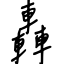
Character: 轟